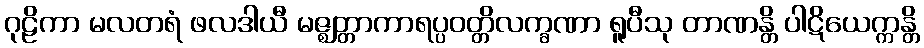
ဂုဠိကာ မလတရံ ဖလဒါယီ မဇ္ဈတ္တာကာရပ္ပဝတ္တိလက္ခဏာ ရူပီသု တာဏန္တိ ပါဋိယေက္ကန္တိ